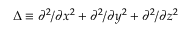
\Delta \equiv \partial ^ { 2 } / \partial x ^ { 2 } + \partial ^ { 2 } / \partial y ^ { 2 } + \partial ^ { 2 } / \partial z ^ { 2 }